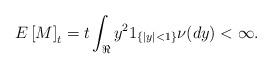
LaTeX: \begin{align*}E\left[M\right]_t= t\int_\Re y^21_{\{|y|<1\}}\nu(dy)<\infty. \end{align*}